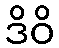
ဒိဝိ